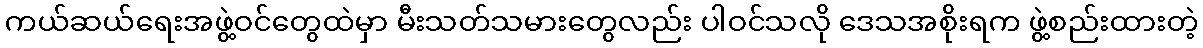
ကယ်ဆယ်ရေးအဖွဲ့ဝင်တွေထဲမှာ မီးသတ်သမားတွေလည်း ပါဝင်သလို ဒေသအစိုးရက ဖွဲ့စည်းထားတဲ့